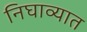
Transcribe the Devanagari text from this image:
निघाव्यात